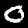
Label: 0